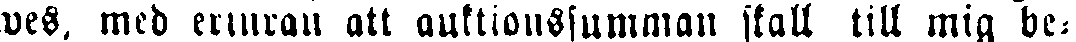
wes, med erinran att auktioussumman skall till mig be-